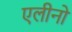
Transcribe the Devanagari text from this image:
एलीनो